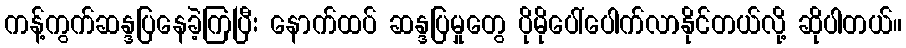
ကန့်ကွက်ဆန္ဒပြနေခဲ့ကြပြီး နောက်ထပ် ဆန္ဒပြမှုတွေ ပိုမိုပေါ်ပေါက်လာနိုင်တယ်လို့ ဆိုပါတယ်။